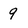
Character: 9